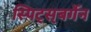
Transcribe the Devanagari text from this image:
स्पिट्स्‌बर्गेन